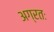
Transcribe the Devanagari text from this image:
अग्रतः